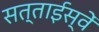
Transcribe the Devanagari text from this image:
सत्ताईस्वें